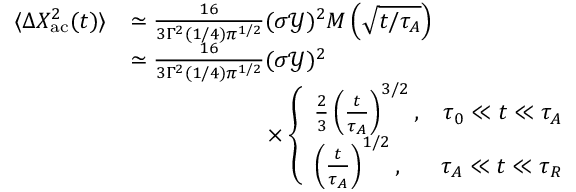
\begin{array} { r l } { \langle \Delta X _ { \mathrm { a c } } ^ { 2 } ( t ) \rangle } & { \simeq \frac { 1 6 } { 3 \Gamma ^ { 2 } ( 1 / 4 ) { \pi } ^ { 1 / 2 } } ( \sigma \mathcal { Y } ) ^ { 2 } M \left( \sqrt { t / \tau _ { A } } \right) } \\ & { \simeq \frac { 1 6 } { 3 \Gamma ^ { 2 } ( 1 / 4 ) { \pi } ^ { 1 / 2 } } ( \sigma \mathcal { Y } ) ^ { 2 } } \\ & { \qquad \qquad \qquad \times \left\{ \begin{array} { l r } { \frac { 2 } { 3 } \left( \frac { t } { \tau _ { A } } \right) ^ { 3 / 2 } , } & { \tau _ { 0 } \ll t \ll \tau _ { A } } \\ { \left( \frac { t } { \tau _ { A } } \right) ^ { 1 / 2 } , } & { \tau _ { A } \ll t \ll \tau _ { R } } \end{array} \right. } \end{array}